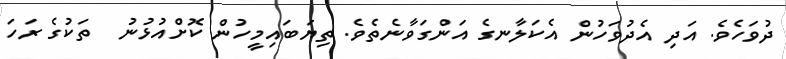
ދުވަހެވެ. އަދި އެދުވަހުން އެކަލާނގެ އަންގަވާނެތެވެ. ތިޔަބައިމީހުން ކޮށްއުޅުނު  ތަކުގެ ރަހަ